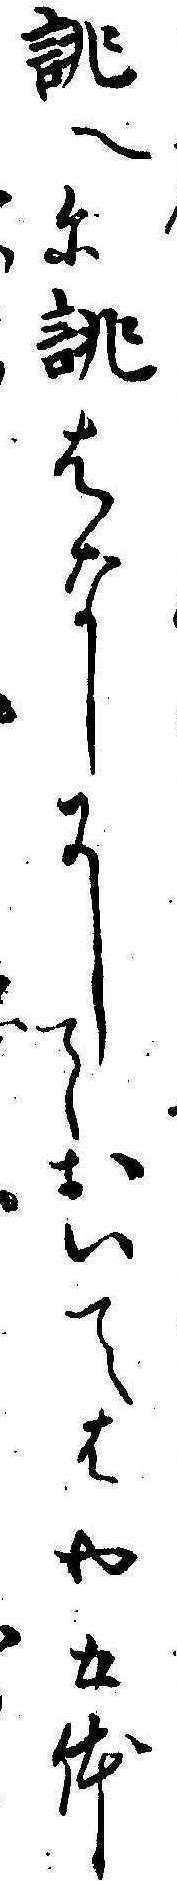
誂へに誂はなしにしておいてはや五体